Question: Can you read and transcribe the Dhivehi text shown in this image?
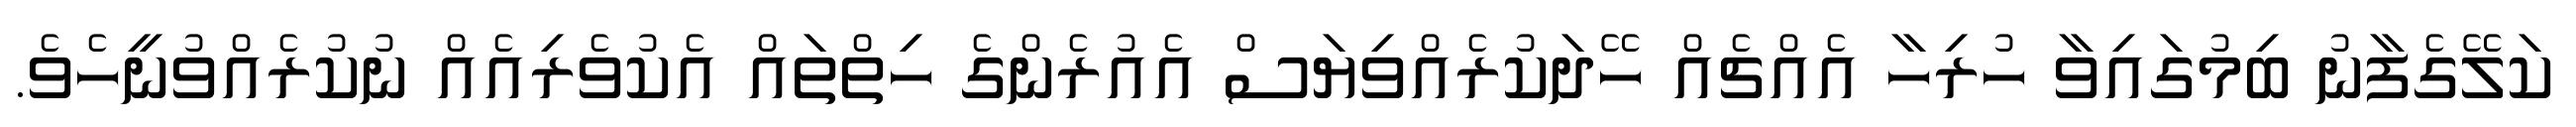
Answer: ކަލޭގެފާނު ބިމުގައިވާ ހުރިހާ އެއްޗެއް ހޭދަކުރެއްވިޔަސް އެއުރެންގެ ހިތްތައް އެކުވެރިއެއް ނުކުރެއްވުނީހެވެ.